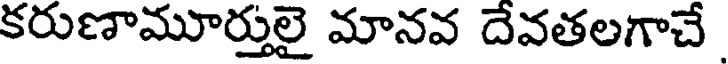
కరుణామూర్తులై మానవ దేవతలగాచే